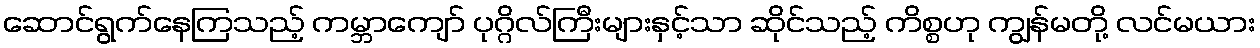
ဆောင်ရွက်နေကြသည့် ကမ္ဘာကျော် ပုဂ္ဂိလ်ကြီးများနှင့်သာ ဆိုင်သည့် ကိစ္စဟု ကျွန်မတို့ လင်မယား